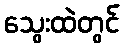
သွေးထဲတွင်